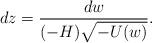
LaTeX: \begin{align*}dz = \frac{ dw }{ (-H) \sqrt{-U(w)} }.\end{align*}